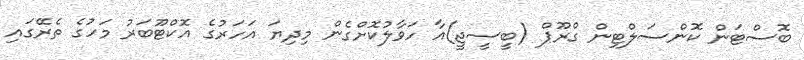
ބޮސްޓަން ކޮންސަލްޓިން ގްރޫޕް (ބީސީޖީ)އާ ހަވާލުކޮށްގެން މިދިޔަ އަހަރުގެ އޮކްޓޫބަރު މަހުގެ ތެރޭގައި